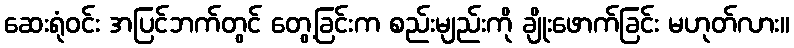
ဆေးရုံဝင်း အပြင်ဘက်တွင် တွေ့ခြင်းက စည်းမျည်းကို ချိုးဖောက်ခြင်း မဟုတ်လား။